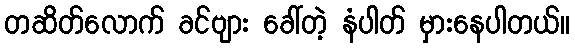
တဆိတ်လောက် ခင်ဗျား ခေါ်တဲ့ နံပါတ် မှားနေပါတယ်။